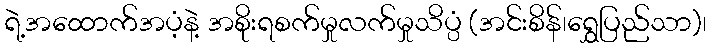
ရဲ့အထောက်အပံ့နဲ့ အစိုးရစက်မှုလက်မှုသိပ္ပံ (အင်းစိန်၊ရွှေပြည်သာ)၊